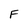
Character: F